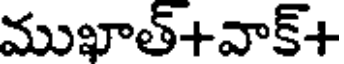
ముఖాత్+వాక్+